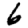
Digit: 6